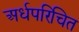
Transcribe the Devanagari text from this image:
अर्धपरिचित